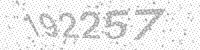
Solution: 192257